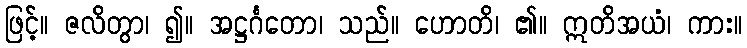
ဖြင့်။ ဇလိတွာ၊ ၍။ အဋ္ဌင်္ဂတော၊ သည်။ ဟောတိ၊ ၏။ ဣတိအယံ၊ ကား။